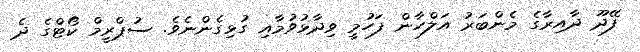
ފޭދޫ ދާއިރާގެ މެންބަރު އަލްހާން ފަހުމީ ވިދާޅުވުމާއި ގުޅިގެންނެވެ. ސުޕްރީމް ކޯޓްގެ ދެ